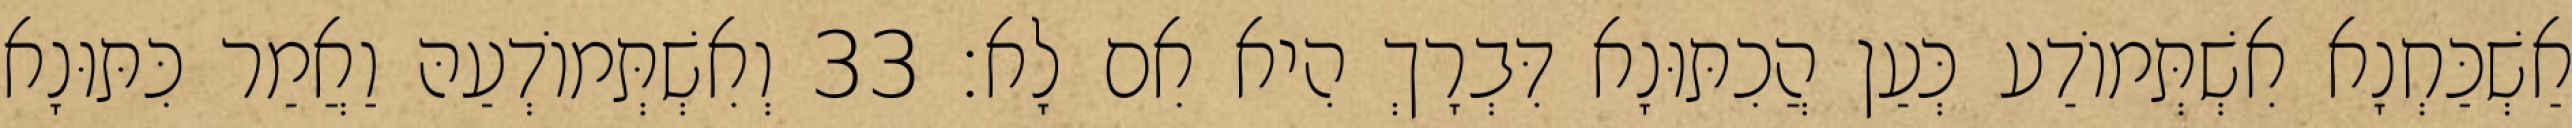
אַשְׁכַּחְנָא אִשְׁתְּמוֹדַע כְּעַן הֲכִתּוּנָא דִּבְרָךְ הִיא אִם לָא׃ 33 וְאִשְׁתְּמוֹדְעַהּ וַאֲמַר כִּתּוּנָא